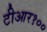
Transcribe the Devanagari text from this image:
टीआर१००